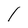
Character: l